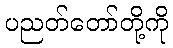
ပညတ်တော်တို့ကို